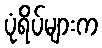
ပုံရိပ်များက